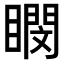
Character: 𪾽